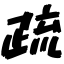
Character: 疏